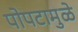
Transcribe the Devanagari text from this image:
पोपटामुळे